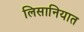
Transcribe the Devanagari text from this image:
लिसानियात